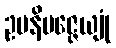
ဥပနိပဇ္ဇေယျုံ